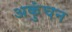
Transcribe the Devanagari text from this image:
अकुंचन